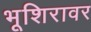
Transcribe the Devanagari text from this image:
भूशिरावर